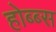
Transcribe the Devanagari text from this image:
होब्ब्स